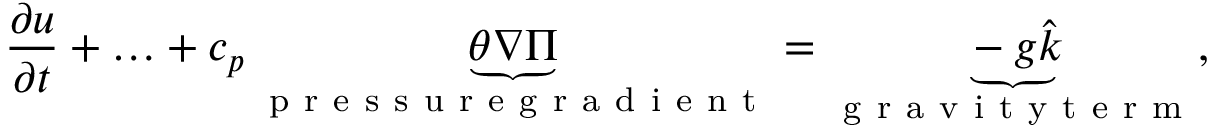
\frac { \partial u } { \partial t } + \ldots + c _ { p } \underbrace { \theta \nabla \Pi } _ { \mathrm { ~ p ~ r ~ e ~ s ~ s ~ u ~ r ~ e ~ g ~ r ~ a ~ d ~ i ~ e ~ n ~ t ~ } } = \underbrace { - g \hat { k } } _ { \mathrm { ~ g ~ r ~ a ~ v ~ i ~ t ~ y ~ t ~ e ~ r ~ m ~ } } ,